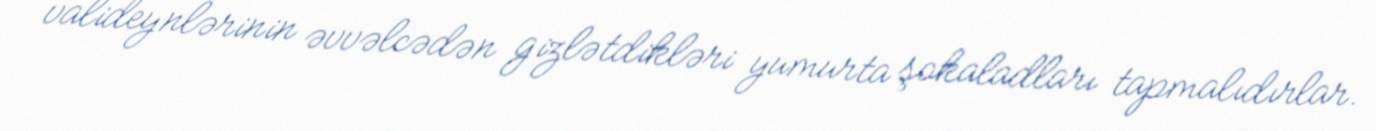
valideynlərinin əvvəlcədən gizlətdikləri yumurta şokaladları tapmalıdırlar.